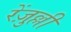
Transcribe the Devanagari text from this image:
रेंज़ुल्ली